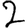
Digit: 2